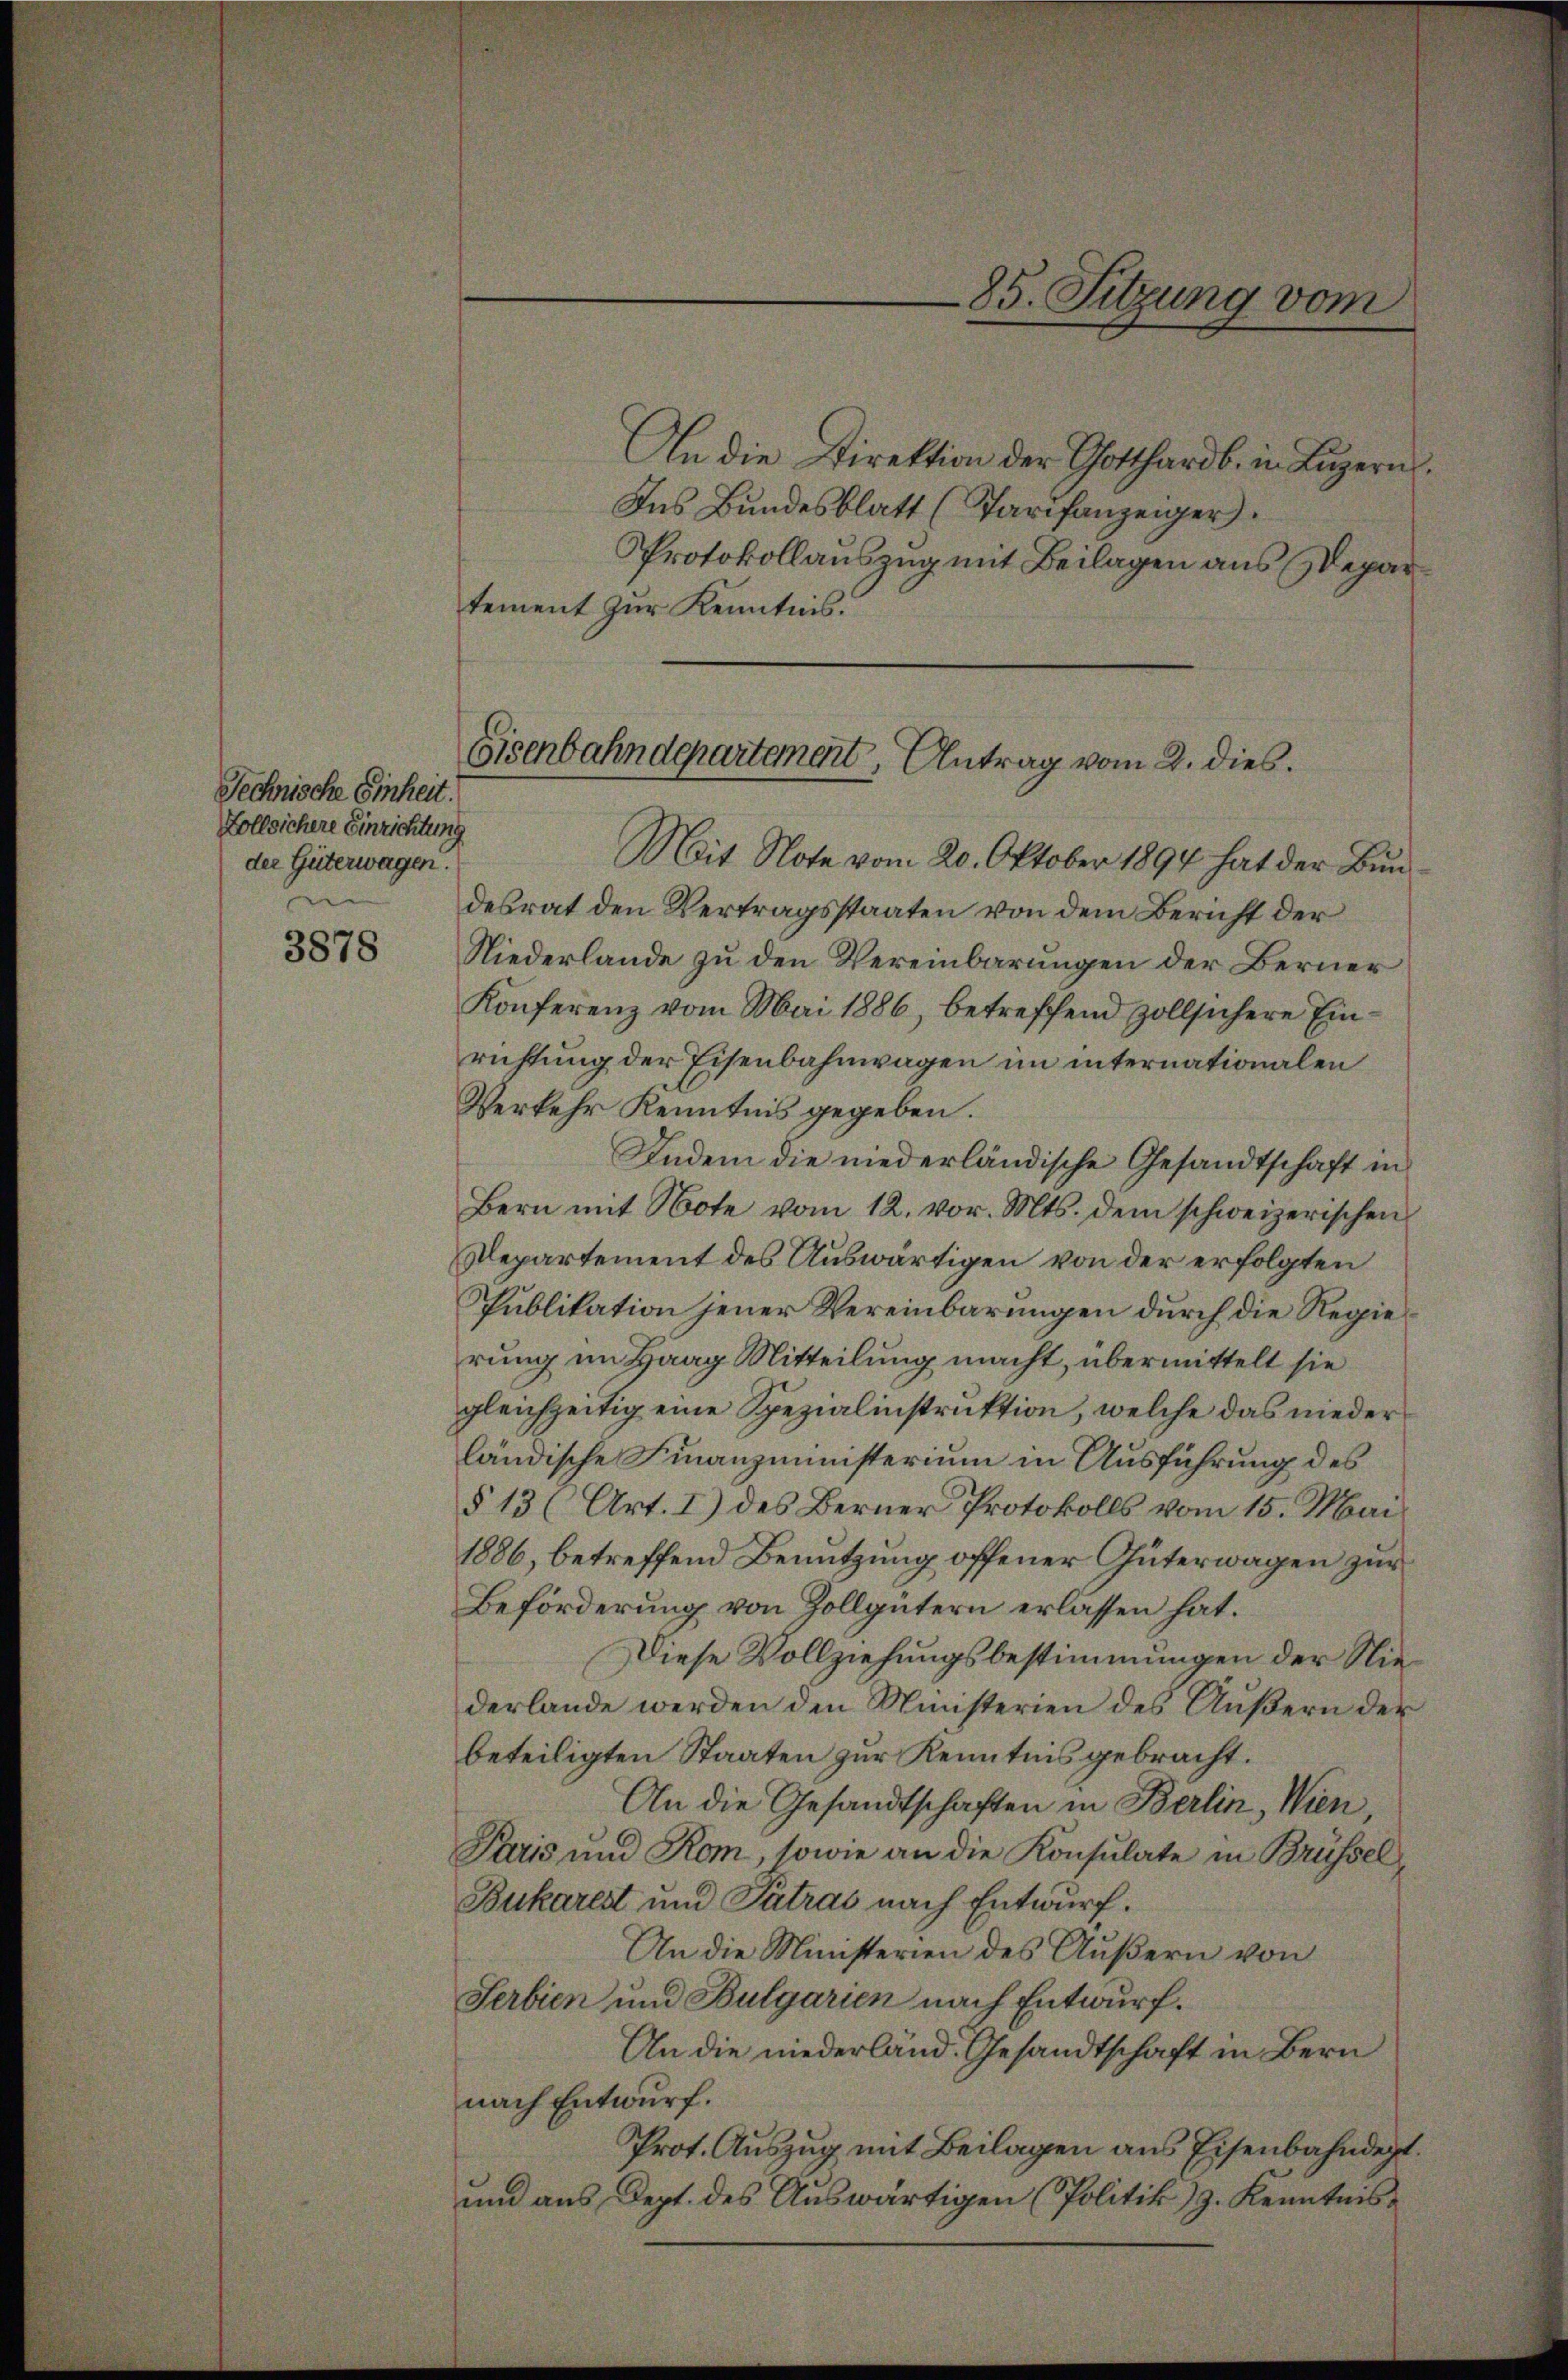
Technische Einheit.
Zollsichere Einrichtung
der Güterwagen.

3878

85. Sitzung vom

An die Direktion der Gotthardb. in Lŭzern.
Ins Bundesblatt (Tarifanzeiger.
Protokollauszug mit Beilagen aus Departement zur Kenntnis.
Mit Note vom 20. Oktober 1894 hat der Bundesrat den Vertragsstaaten von dem Bericht der
Niederlande zu den Vereinbarungen der Berner
Konferenz vom Mai 1886, betreffend Zollsichere Einrichtung der Eisenbahnwagen im internationalen
Verkehr Kenntnis gegeben.
Indem die niederländische Gesandtschaft in
Bern mit Note vom 12. vor. Mts. dem schweizerischen
Departement des Auswärtigen von der erfolgten
Publikation jener Vereinbarungen durch die Regierung im Haag Mitteilung macht, übermittelt sie
gleichzeitig eine Spezialinstruktion, welche das nieder
ländische Finanzministerium in Ausführung des
§ 13 (Art. 1) des Berner Protokolls vom 15. Mai
1886, betreffend Benutzung offener Güterwagen zur
Beförderung von Zollgütern erlassen hat.
Diese Vollziehungsbestimmungen der Niederlande werden den Münsterien des Äußern der
beteiligten Staaten zur Kenntnis gebracht.
An die Gesandtschaften in Berlin, Wien
Paris und Rom, sowie an die Konsulate in Brüssel
Bukarest und Patras nach Entwurf.
An die Ministerien des Äußern von
Serbien und Bulgarien nach Entwurf.
An die niederland. Gesandtschaft in Bern
nach Entwurf.
Prot. Auszug mit Beilagen aus Eisenbahndept.
und aus Dept. des Auswärtigen (Politik) J. Kenntnis

Eisenbahndepartement, Antrag vom 2. dies.